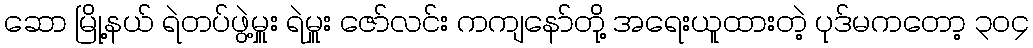
ဆော မြို့နယ် ရဲတပ်ဖွဲ့မှူး ရဲမှူး ဇော်လင်း ကကျနော်တို့ အရေးယူထားတဲ့ ပုဒ်မကတော့ ၃၀၄